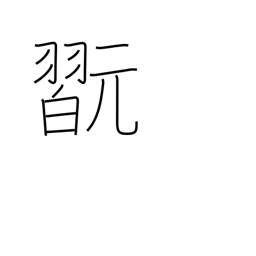
Meaning: play instrument